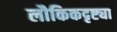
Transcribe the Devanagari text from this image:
लौकिकदृष्ट्या